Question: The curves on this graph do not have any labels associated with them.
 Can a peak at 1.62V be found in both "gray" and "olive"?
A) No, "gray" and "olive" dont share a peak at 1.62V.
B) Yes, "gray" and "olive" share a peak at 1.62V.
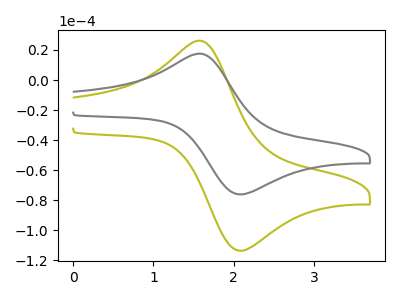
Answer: <think>The olive curve "olive" has an anodic peak at (1.60V, 25.65uA) and a cathodic peak at (2.10V, -113.55uA). The gray curve "gray" has an anodic peak at (1.60V, 17.15uA) and a cathodic peak at (2.10V, -76.10uA).</think>
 <answer>B) Yes, "gray" and "olive" share a peak at 1.62V.</answer>
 <eval>B</eval>